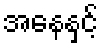
အနေနှင့်